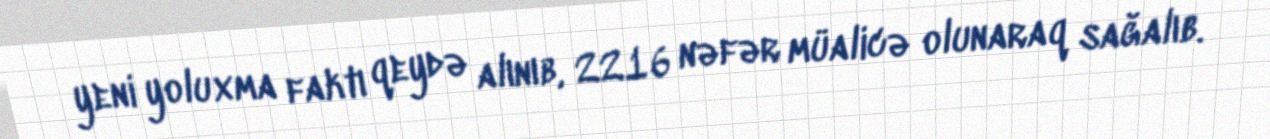
yeni yoluxma faktı qeydə alınıb, 2216 nəfər müalicə olunaraq sağalıb.